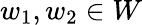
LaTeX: w_{1},w_{2}\in W